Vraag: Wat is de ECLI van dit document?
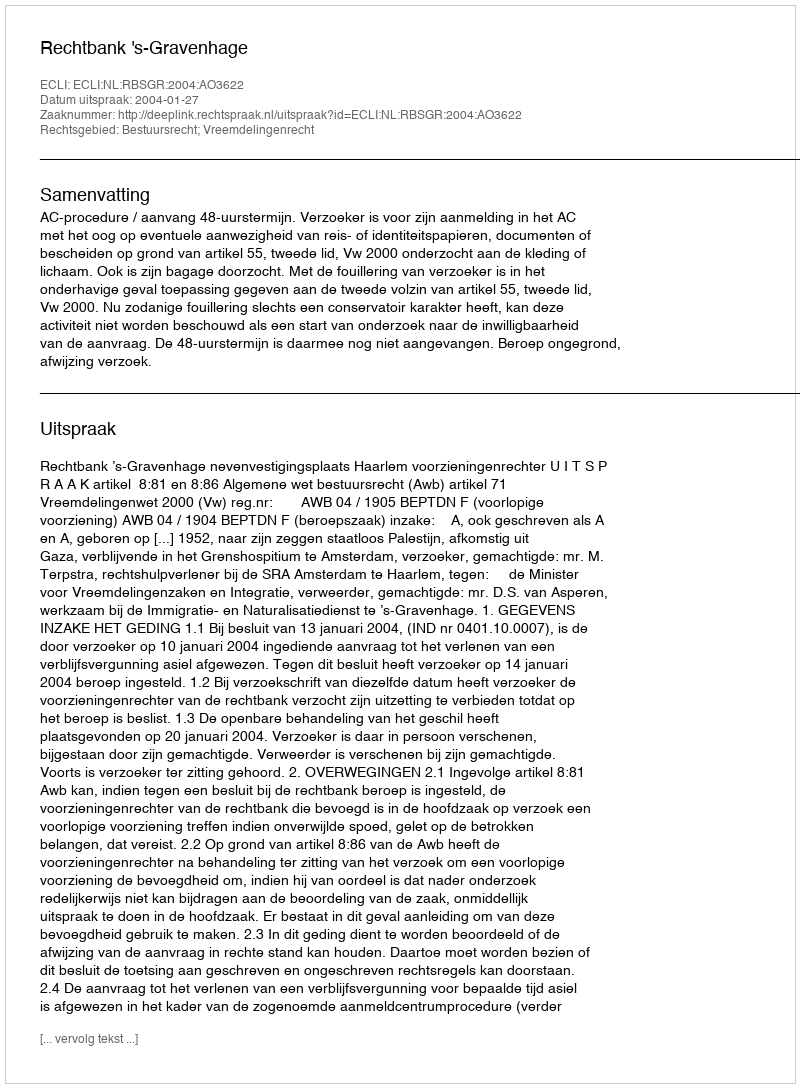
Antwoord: ECLI:NL:RBSGR:2004:AO3622